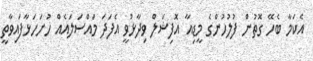
އެކަމާ ބެހޭ ގޮތުން ފުލުހުންގެ މީޑިއާ އޮފިޝަލް ވިދާޅުވީ އެފަދަ މައްސަލައެއް ހުށަހަޅާފައިވާތީ